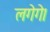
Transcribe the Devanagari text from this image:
लगेगे।